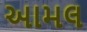
આમલ